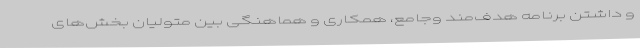
و داشتن برنامه هدف‌مند وجامع، همکاری و هماهنگی بین متولیان بخش‌‌های